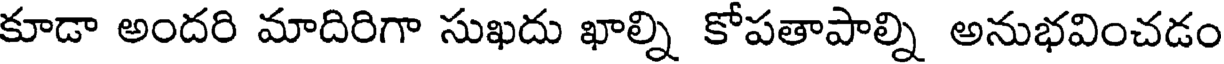
కూడా అందరి మాదిరిగా సుఖదు ఖాల్ని కోపతాపాల్ని అనుభవించడం